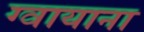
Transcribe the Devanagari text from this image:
ग्वायाना